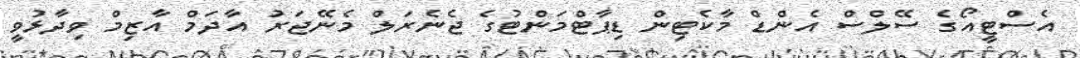
އެސްޓީއޯގެ ސޭލްސް އެންޑް މާކެޓިން ޑިޕާޓްމަންޓުގެ ޖެނެރަލް މެނޭޖަރު އާދަމް އާޒިމް ވިދާޅުވީ